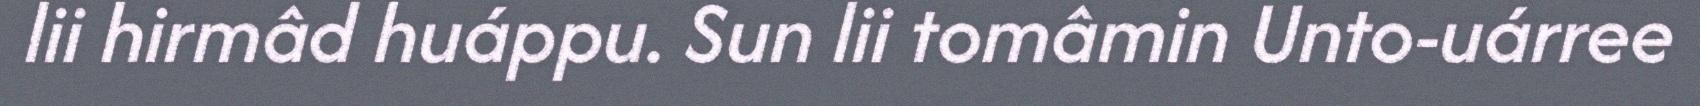
lii hirmâd huáppu. Sun lii tomâmin Unto-uárree